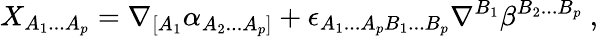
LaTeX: X_{A_{1}...A_{p}}=\nabla_{[A_{1}}\alpha_{A_{2}...A_{p}]}+\epsilon_{A_{1}...A_{p}B_{1}...B_{p}}\nabla^{B_{1}}\beta^{B_{2}...B_{p}}\ ,